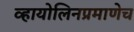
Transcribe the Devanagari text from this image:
व्हायोलिनप्रमाणेच